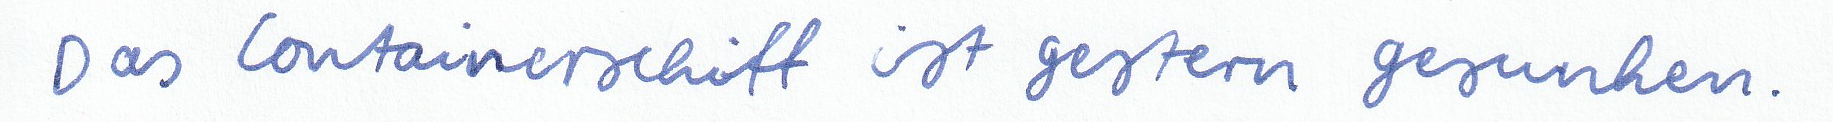
Das Containerschiff ist gestern gesunken.